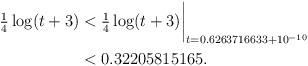
LaTeX: \begin{align*}\tfrac14\log(t+3) & < \tfrac14\log(t+3)\biggr\rvert_{t=0.6263716633 + 10^{-10}} \\& < 0.32205815165 . \end{align*}